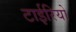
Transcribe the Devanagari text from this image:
टाईरियो